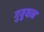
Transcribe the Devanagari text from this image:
गुयुयान